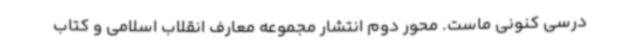
درسی کنونی ماست. محور دوم انتشار مجموعه معارف انقلاب اسلامی و کتاب